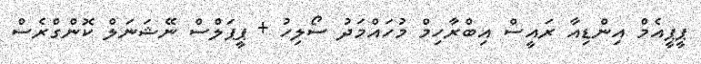
ޕީޕީއެމް އިންޑިއާ ރައީސް އިބްރާހިމް މުހައްމަދު ސޯލިހު + ޕީޕަލްސް ނޭޝަނަލް ކޮންގްރެސް